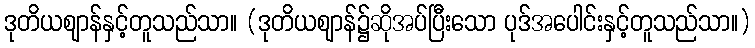
ဒုတိယဈာန်နှင့်တူသည်သာ။ (ဒုတိယဈာန်၌ဆိုအပ်ပြီးသော ပုဒ်အပေါင်းနှင့်တူသည်သာ။)